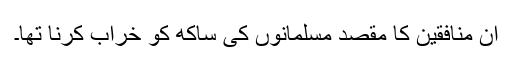
ان منافقین کا مقصد مسلمانوں کی ساکھ کو خراب کرنا تھا۔